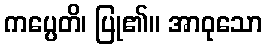
ကပ္ပေတိ၊ ပြု၏။ အာဝုသော